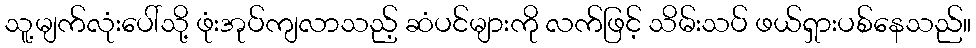
သူ့မျက်လုံးပေါ်သို့ ဖုံးအုပ်ကျလာသည့် ဆံပင်များကို လက်ဖြင့် သိမ်းသပ် ဖယ်ရှားပစ်နေသည်။